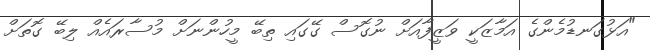
"އަޅުގަނޑުމެންގެ އަމާޒަކީ ވަޒީފާއަށް ނުގޮސް ގޭގައި ތިބޭ މީހުންނަށް މުސާރައެއް ލިބޭ ގޮތަށް